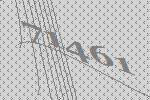
71461